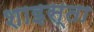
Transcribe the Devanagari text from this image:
शाइस्‍ता